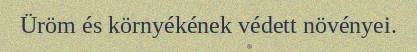
Üröm és környékének védett növényei.